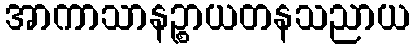
အာကာသာနဉ္စာယတနသညာယ